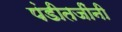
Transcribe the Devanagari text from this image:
पंडीतजींनी